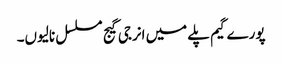
پورے گیم پلے میں انرجی گیج مسلسل نالیوں۔